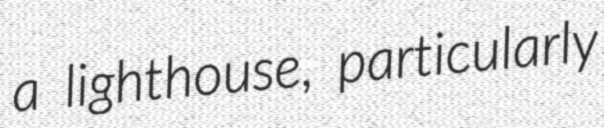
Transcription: a lighthouse, particularly